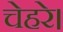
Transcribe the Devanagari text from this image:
चेहरे।